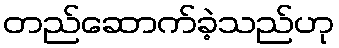
တည်ဆောက်ခဲ့သည်ဟု